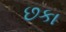
છકા